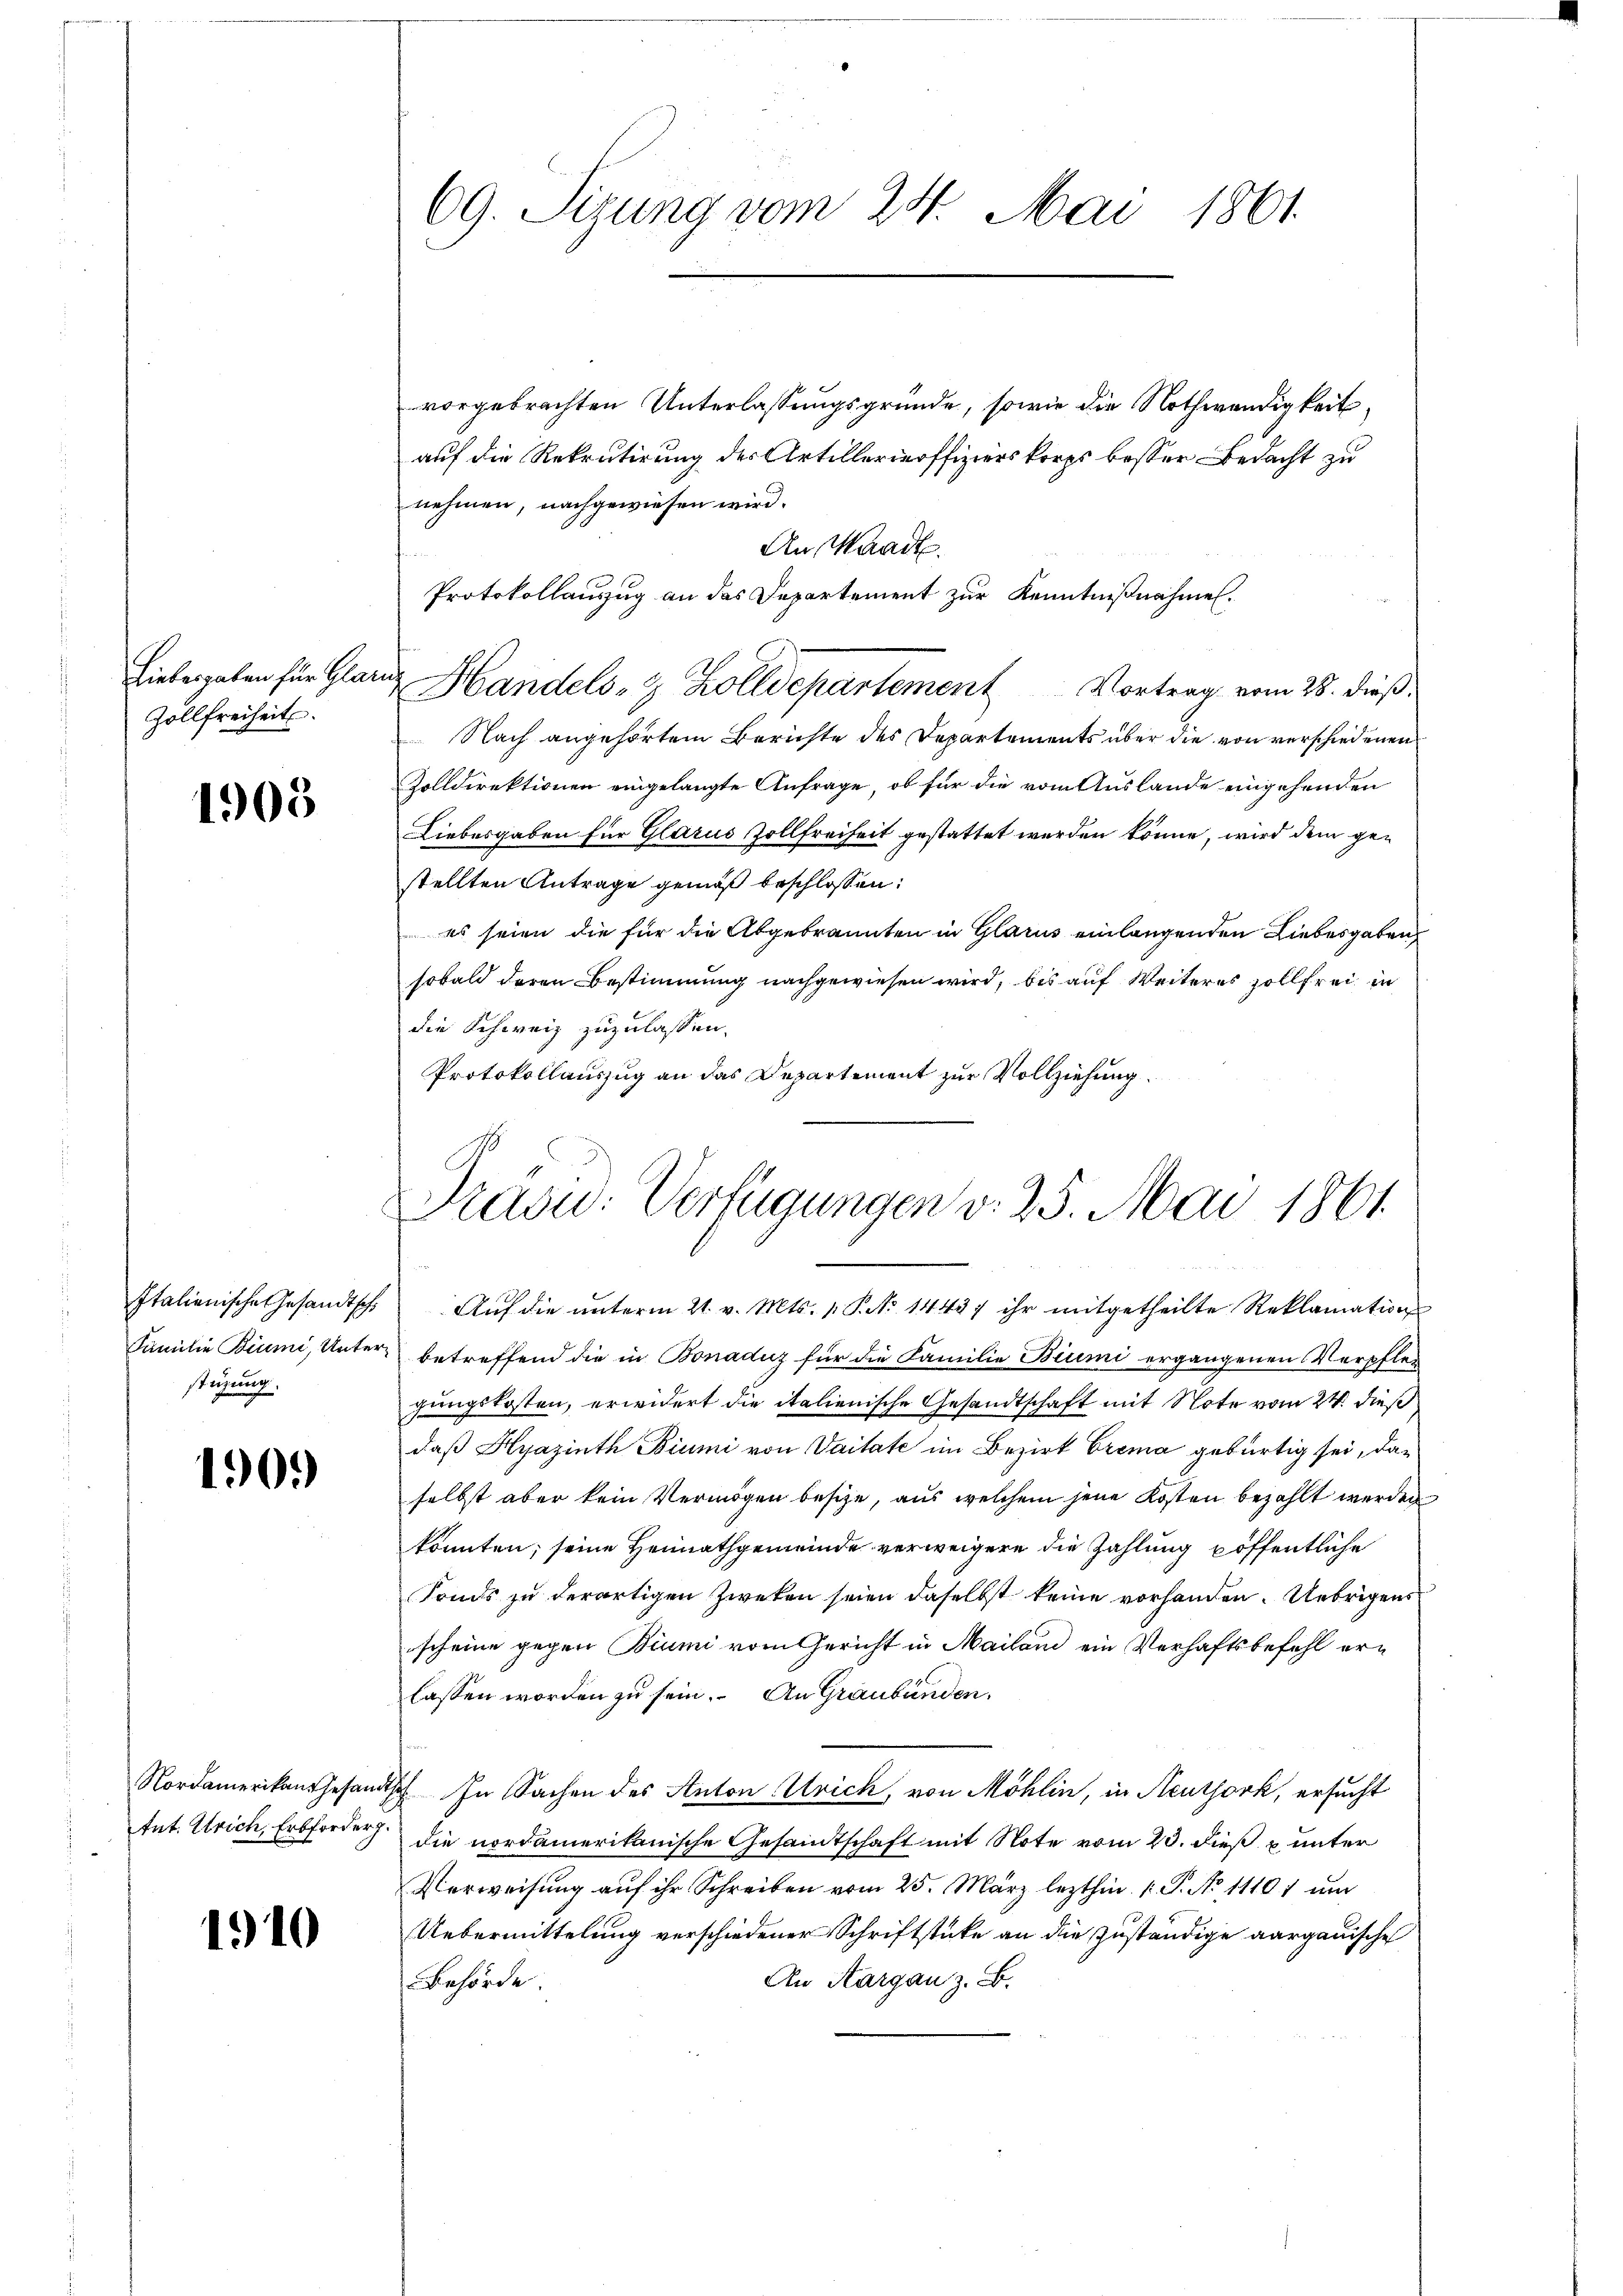
Zollfreiheit.

1903

stüzung.

1909

1910

69. Sizung vom 24. Mai 1861

Protokollauszug an das Departement zur Kenntnißnahmen.
Liebesgaben für Glanze Handels- & Zolldepartement Vortrag vom 28. dieß,

vorgebrachten Unterlassungsgründe, sowie die Nothwendigkeit,
auf die Rekrutirung der Artillerieoffizierskorps besser Bedacht zu
nehmen, nachgewiesen wird.
An Waadt.
Nach angehörtem Berichte des Departements über die von verschiedenen
Zolldirektionen eingelangte Anfrage, ob für die vom Auslande eingehenden
Liebesgaben für Glarus Zollfreiheit gestattet werden könne, wird dem gestellten Antrage gemäß beschlossen:
es seien die für die Abgebrannten in Glarus einlangenden Liebesgaben
sobald deren Bestimmung nachgewiesen wird, bis auf Weiteres sollfrei in
die Schweiz zuzulassen.
Protokollauszug an das Departement zur Vollziehung.

Prasic: Verfügungen v. 25. Mai 1861.

Italienische Gesandtsche Aŭf die ŭnterm 21. v. Mts. 1. P. Nr. 1443) ihr mitgetheilte Reklamation
Familie Biumi, Unter betreffend die in Bonaduz für die Familie Biumi ergangenen Verpflegungskosten, erwidert die italienische Gesandtschaft mit Note vom 24. dieß
daß Hyazinth Biumi von Vaitate im Bezirk Grema gebürtig sei, daselbst aber kein Vermögen besize, aus welchem jene Kosten bezahlt werden
konnten; seine Heimathgemeinde verweigere die Zahlung pöffentliche
Fonds zu derartigen Zweken seien daselbst keine vorhanden. Uebrigens
scheine gegen Biumi vom Gericht in Mailand ein Verhaftsbefehl erlassen worden zu sein. An Graubünden.
Nordamerikans Gesandtsch. In Sachen des Anton Urick, von Möhlin, in Neuthork, ersucht
Ant. Ulrich, Erbforder. Die nordamerikanische Gesandtschaft mit Note vom 23. dieß u unter
Verweisung auf ihr Schreiben vom 25. März lezthin 1. P. No 11107 um
Uebermittelung verschiedener Schriftstücke an die zuständige aargauische
An Aargau z. B.
Behörde.